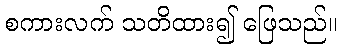
စကားလက် သတိထား၍ ဖြေသည်။